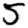
Digit: 5